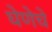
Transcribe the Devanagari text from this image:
घेणेचे